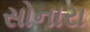
સોનારા